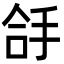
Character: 㧱